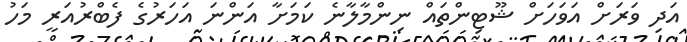
އަދި ވަރަށް އަވަހަށް ޝޫޓިންތައް ނިންމާލާނެ ކަމަށާ އަންނަ އަހަރުގެ ފެބްރުއަރީ މަހު